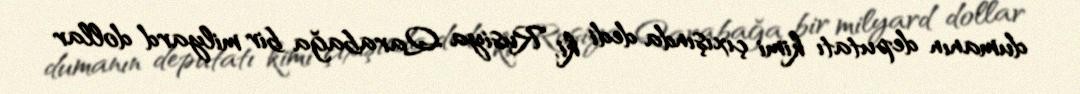
dumanın deputatı kimi çıxışında dedi ki, Rusiya Qarabağa bir milyard dollar